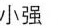
小强